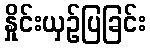
နှိုင်းယှဉ်ပြခြင်း